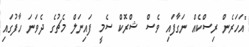
"އަހަރެން ރިސްކެއް ނަގާފައި ވެސް ޝްރޮކް ސެމީ ފައިނަލް މެޗުގެ ދެވަނަ ހާފުގައި